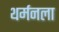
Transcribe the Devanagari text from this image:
थर्मनला